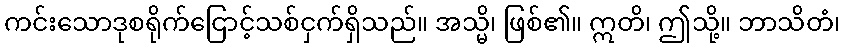
ကင်းသောဒုစရိုက်ငြောင့်သစ်ငှက်ရှိသည်။ အသ္မိ၊ ဖြစ်၏။ ဣတိ၊ ဤသို့။ ဘာသိတံ၊